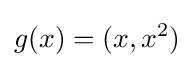
g(x)=(x,x^{2})